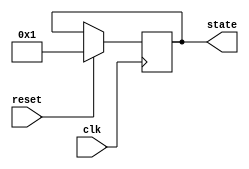
module pre_configured_state_initialization (
    input wire clk,           // Clock signal
    input wire reset,         // Reset signal (active high)
    output reg [3:0] state    // State output (4-bit state for example)
);

// Define the pre-configured state (example state)
localparam [3:0] INITIAL_STATE = 4'b0001;

// Synchronous process for state initialization and updates
always @(posedge clk) begin
    if (reset) begin
        // Reset the state to the pre-configured state
        state <= INITIAL_STATE;
    end
    // Normal operation would occur here (state transitions)
    // This section is left empty as per your description
end

endmodule